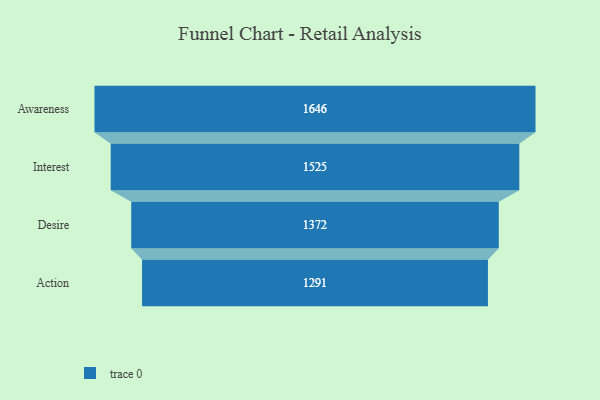
{"axis": {"x": "Stage", "y": "Value"}, "legend": [""], "data": [{"x": "Awareness", "y": 1646.0, "type": ""}, {"x": "Interest", "y": 1525.0, "type": ""}, {"x": "Desire", "y": 1372.0, "type": ""}, {"x": "Action", "y": 1291.0, "type": ""}]}